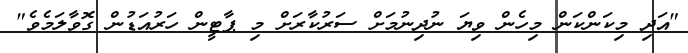
"އަދި މިކަންކަން މިހެން ވިޔަ ނުދިނުމަށް ސަރުކާރަށް މި ޕާޓީން ހަރުއަޑުން ގޮވާލަމެވެ"